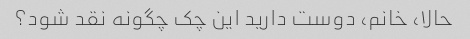
حالا، خانم، دوست دارید این چک چگونه نقد شود؟